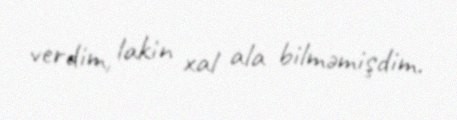
verdim, lakin xal ala bilməmişdim.